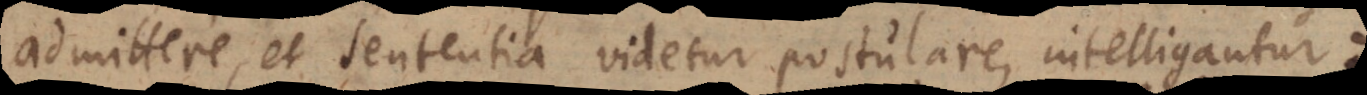
admittere, et sententia videtur postulare, intelligantur: